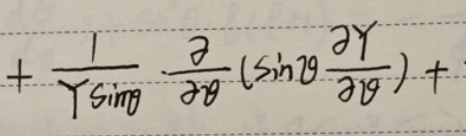
\[+\frac{1}{Y\sin\theta}\frac{\partial}{\partial\theta}\left(\sin\theta\frac{\partial Y}{\partial\theta}\right)+\]